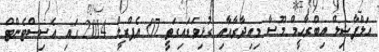
އަލްފާޟިލް އިބްރާހީމް މޫސާ މިއިދާރާއާއި ގުޅިވަޑައިގަތީ 07 އެޕްރީލް 2014 ގައި އެސިސްޓެންޓް